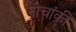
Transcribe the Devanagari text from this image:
नीचांकी